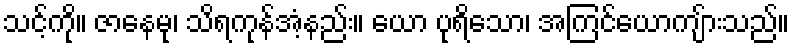
သင့်ကို။ ဇာနေမု၊ သိရကုန်အံ့နည်း။ ယော ပုရိသော၊ အကြင်ယောကျ်ားသည်။